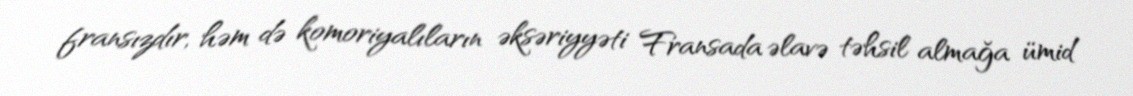
fransızdır, həm də komoriyalıların əksəriyyəti Fransada əlavə təhsil almağa ümid